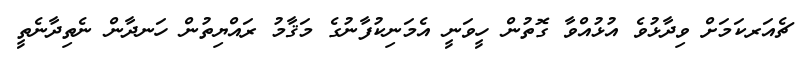
ޗެއަރކަމަށް ވިދާޅުވެ އުޅުއްވާ ގޮތުން ހީވަނީ އެމަނިކުފާނުގެ މަޤާމު ރައްޔިތުން ހަނދާން ނެތިދާނެތީ